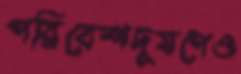
পরিবেশদূষণেও